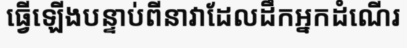
ធ្វើឡើងបន្ទាប់ពីនាវាដែលដឹកអ្នកដំណើរ